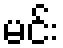
မင်း